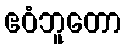
ဧဝံဘူတော